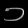
Digit: ၁